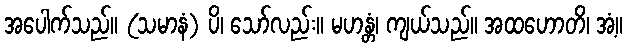
အပေါက်သည်။ (သမာနံ) ပိ၊ သော်လည်း။ မဟန္တံ၊ ကျယ်သည်။ အထဟောတိ၊ အံ့။